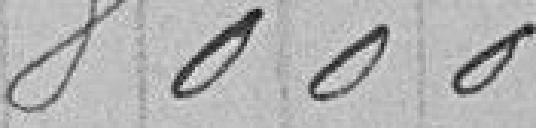
8000